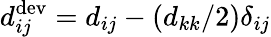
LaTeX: {d}_{ij}^{\mathrm{dev}}={d}_{ij}-({d}_{kk}/2)\delta_{ij}